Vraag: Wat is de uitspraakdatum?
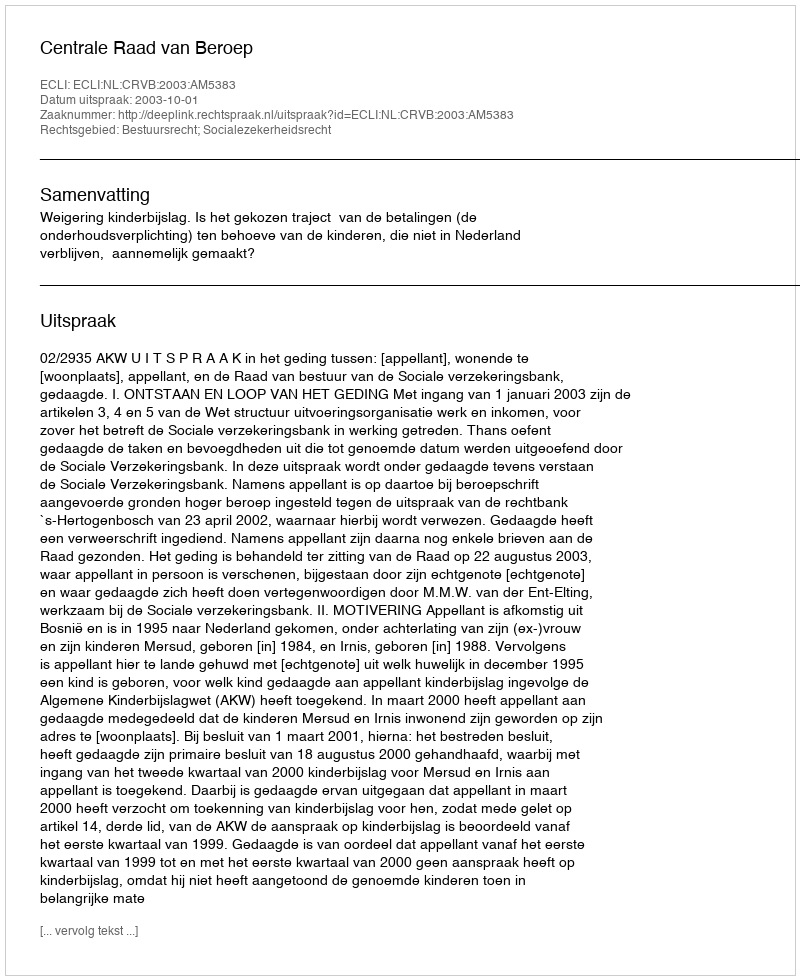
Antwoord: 2003-10-01